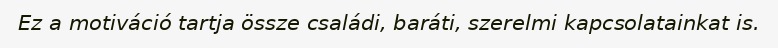
Ez a motiváció tartja össze családi, baráti, szerelmi kapcsolatainkat is.